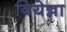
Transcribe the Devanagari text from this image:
वियेन्ना